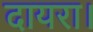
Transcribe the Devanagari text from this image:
दायरा।